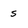
Character: 5